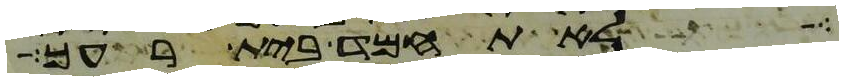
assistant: לא תחמד בית רעך